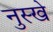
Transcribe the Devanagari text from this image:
नुस्‍खे